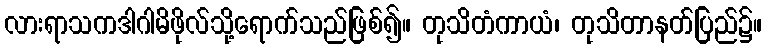
လားရာသကဒါဂါမိဖိုလ်သို့ရောက်သည်ဖြစ်၍။ တုသိတံကာယံ၊ တုသိတာနတ်ပြည်၌။